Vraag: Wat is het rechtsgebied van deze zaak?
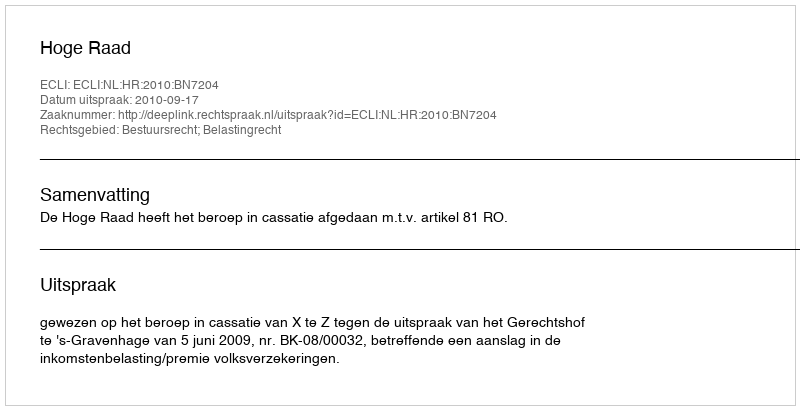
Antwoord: Bestuursrecht; Belastingrecht